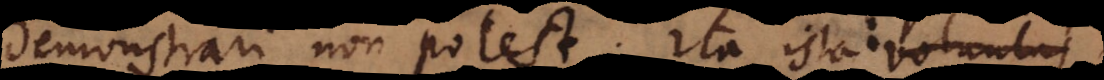
demonstrari non potest, ita ista: voluntas